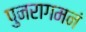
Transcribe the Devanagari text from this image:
पुनरागमनं